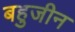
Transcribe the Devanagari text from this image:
बहुजीन